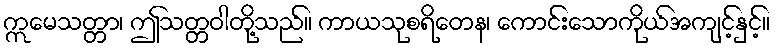
ဣမေသတ္တာ၊ ဤသတ္တဝါတို့သည်။ ကာယသုစရိတေန၊ ကောင်းသောကိုယ်အကျင့်နှင့်။